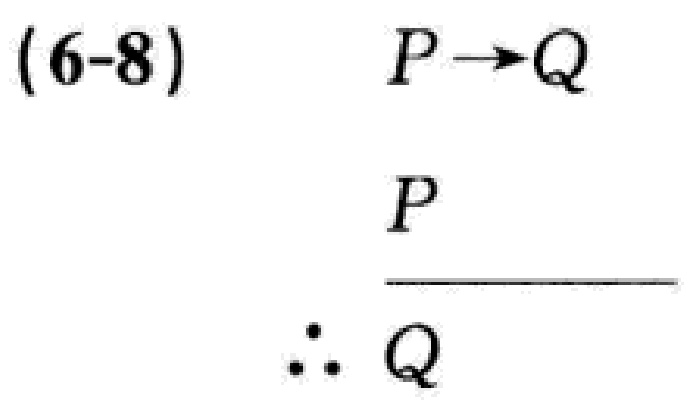
(6-8) \[ \frac{\begin{array}{l}P\rightarrow Q\\P\end{array}}{\therefore Q} \]